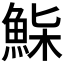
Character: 𩷌